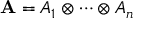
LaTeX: \mathbf { A } = A _ { 1 } \otimes \cdots \otimes A _ { n }